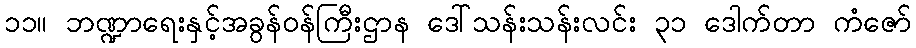
၁၁။ ဘဏ္ဍာရေးနှင့်အခွန်ဝန်ကြီးဌာန ဒေါ်သန်းသန်းလင်း ၃၁ ဒေါက်တာ ကံဇော်